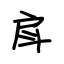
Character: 戽